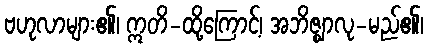
ဗဟုလာများ၏၊ ဣတိ-ထို့ကြောင့်၊ အဘိဇ္ဈာလု-မည်၏၊